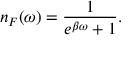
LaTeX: n _ { F } ( \omega ) = \frac { 1 } { e ^ { \beta \omega } + 1 } .